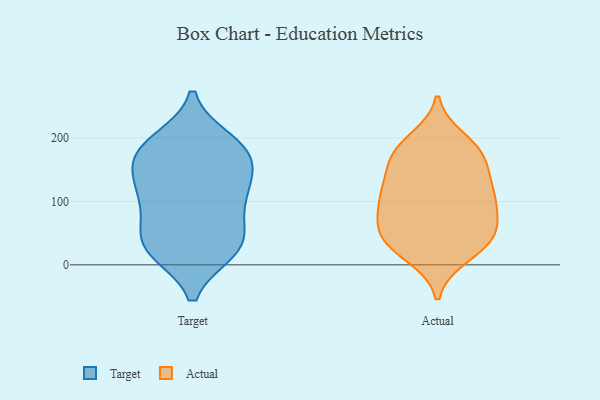
{"axis": {"x": "Customer Acquisition Cost (USD)", "y": "Value"}, "legend": ["Actual", "Target"], "data": [{"x": "", "y": 85, "type": "Target"}, {"x": "", "y": 23, "type": "Target"}, {"x": "", "y": 177, "type": "Target"}, {"x": "", "y": 177, "type": "Target"}, {"x": "", "y": 194, "type": "Target"}, {"x": "", "y": 116, "type": "Target"}, {"x": "", "y": 46, "type": "Target"}, {"x": "", "y": 23, "type": "Target"}, {"x": "", "y": 32, "type": "Target"}, {"x": "", "y": 172, "type": "Target"}, {"x": "", "y": 103, "type": "Target"}, {"x": "", "y": 125, "type": "Target"}, {"x": "", "y": 181, "type": "Target"}, {"x": "", "y": 33, "type": "Target"}, {"x": "", "y": 134, "type": "Target"}, {"x": "", "y": 29, "type": "Actual"}, {"x": "", "y": 177, "type": "Actual"}, {"x": "", "y": 90, "type": "Actual"}, {"x": "", "y": 60, "type": "Actual"}, {"x": "", "y": 175, "type": "Actual"}, {"x": "", "y": 125, "type": "Actual"}, {"x": "", "y": 175, "type": "Actual"}, {"x": "", "y": 44, "type": "Actual"}, {"x": "", "y": 120, "type": "Actual"}, {"x": "", "y": 196, "type": "Actual"}, {"x": "", "y": 108, "type": "Actual"}, {"x": "", "y": 121, "type": "Actual"}, {"x": "", "y": 94, "type": "Actual"}, {"x": "", "y": 48, "type": "Actual"}, {"x": "", "y": 64, "type": "Actual"}, {"x": "", "y": 166, "type": "Actual"}, {"x": "", "y": 32, "type": "Actual"}, {"x": "", "y": 15, "type": "Actual"}]}